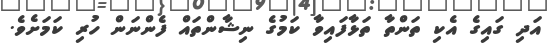
އަދި ގައިގެ އެކި ތަންތާ ތަޅާފައިވާ ކަމުގެ ނިޝާންތައް ފެންނަން ހުރި ކަމަށެވެ.